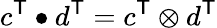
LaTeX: c^{\textsf{T}}\bullet d^{\textsf{T}}=c^{\textsf{T}}\otimes d^{\textsf{T}}